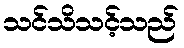
သင်သိသင့်သည်